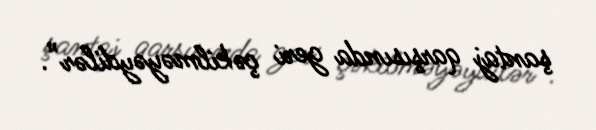
şantaj qarşısında geri çəkilməyəydilər”.